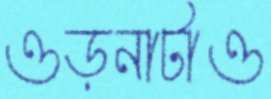
ওড়নাটাও